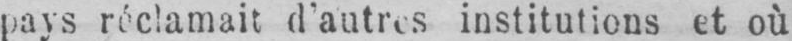
pays réclamait d’autres institutions et où